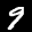
Label: 9